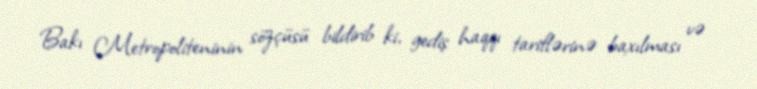
Bakı Metropoliteninin sözçüsü bildirib ki, gediş haqqı tariflərinə baxılması və